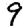
Digit: 9